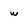
Character: w